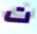
ت